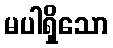
မပါရှိသော